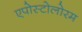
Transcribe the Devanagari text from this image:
एपोस्टोलोरम